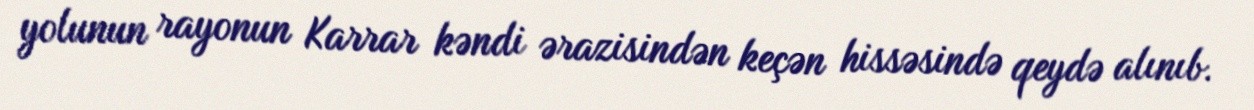
yolunun rayonun Karrar kəndi ərazisindən keçən hissəsində qeydə alınıb.